Problem: 4 × 5 = ?
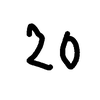
Handwritten answer: 20